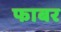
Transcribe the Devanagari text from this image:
फाबर